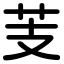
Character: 芰